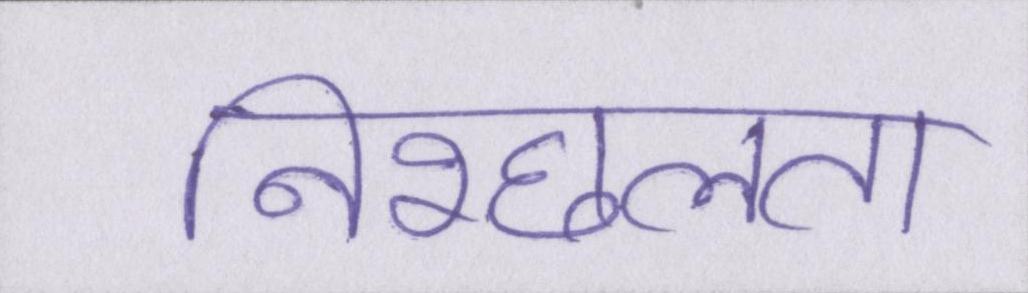
निश्छलता